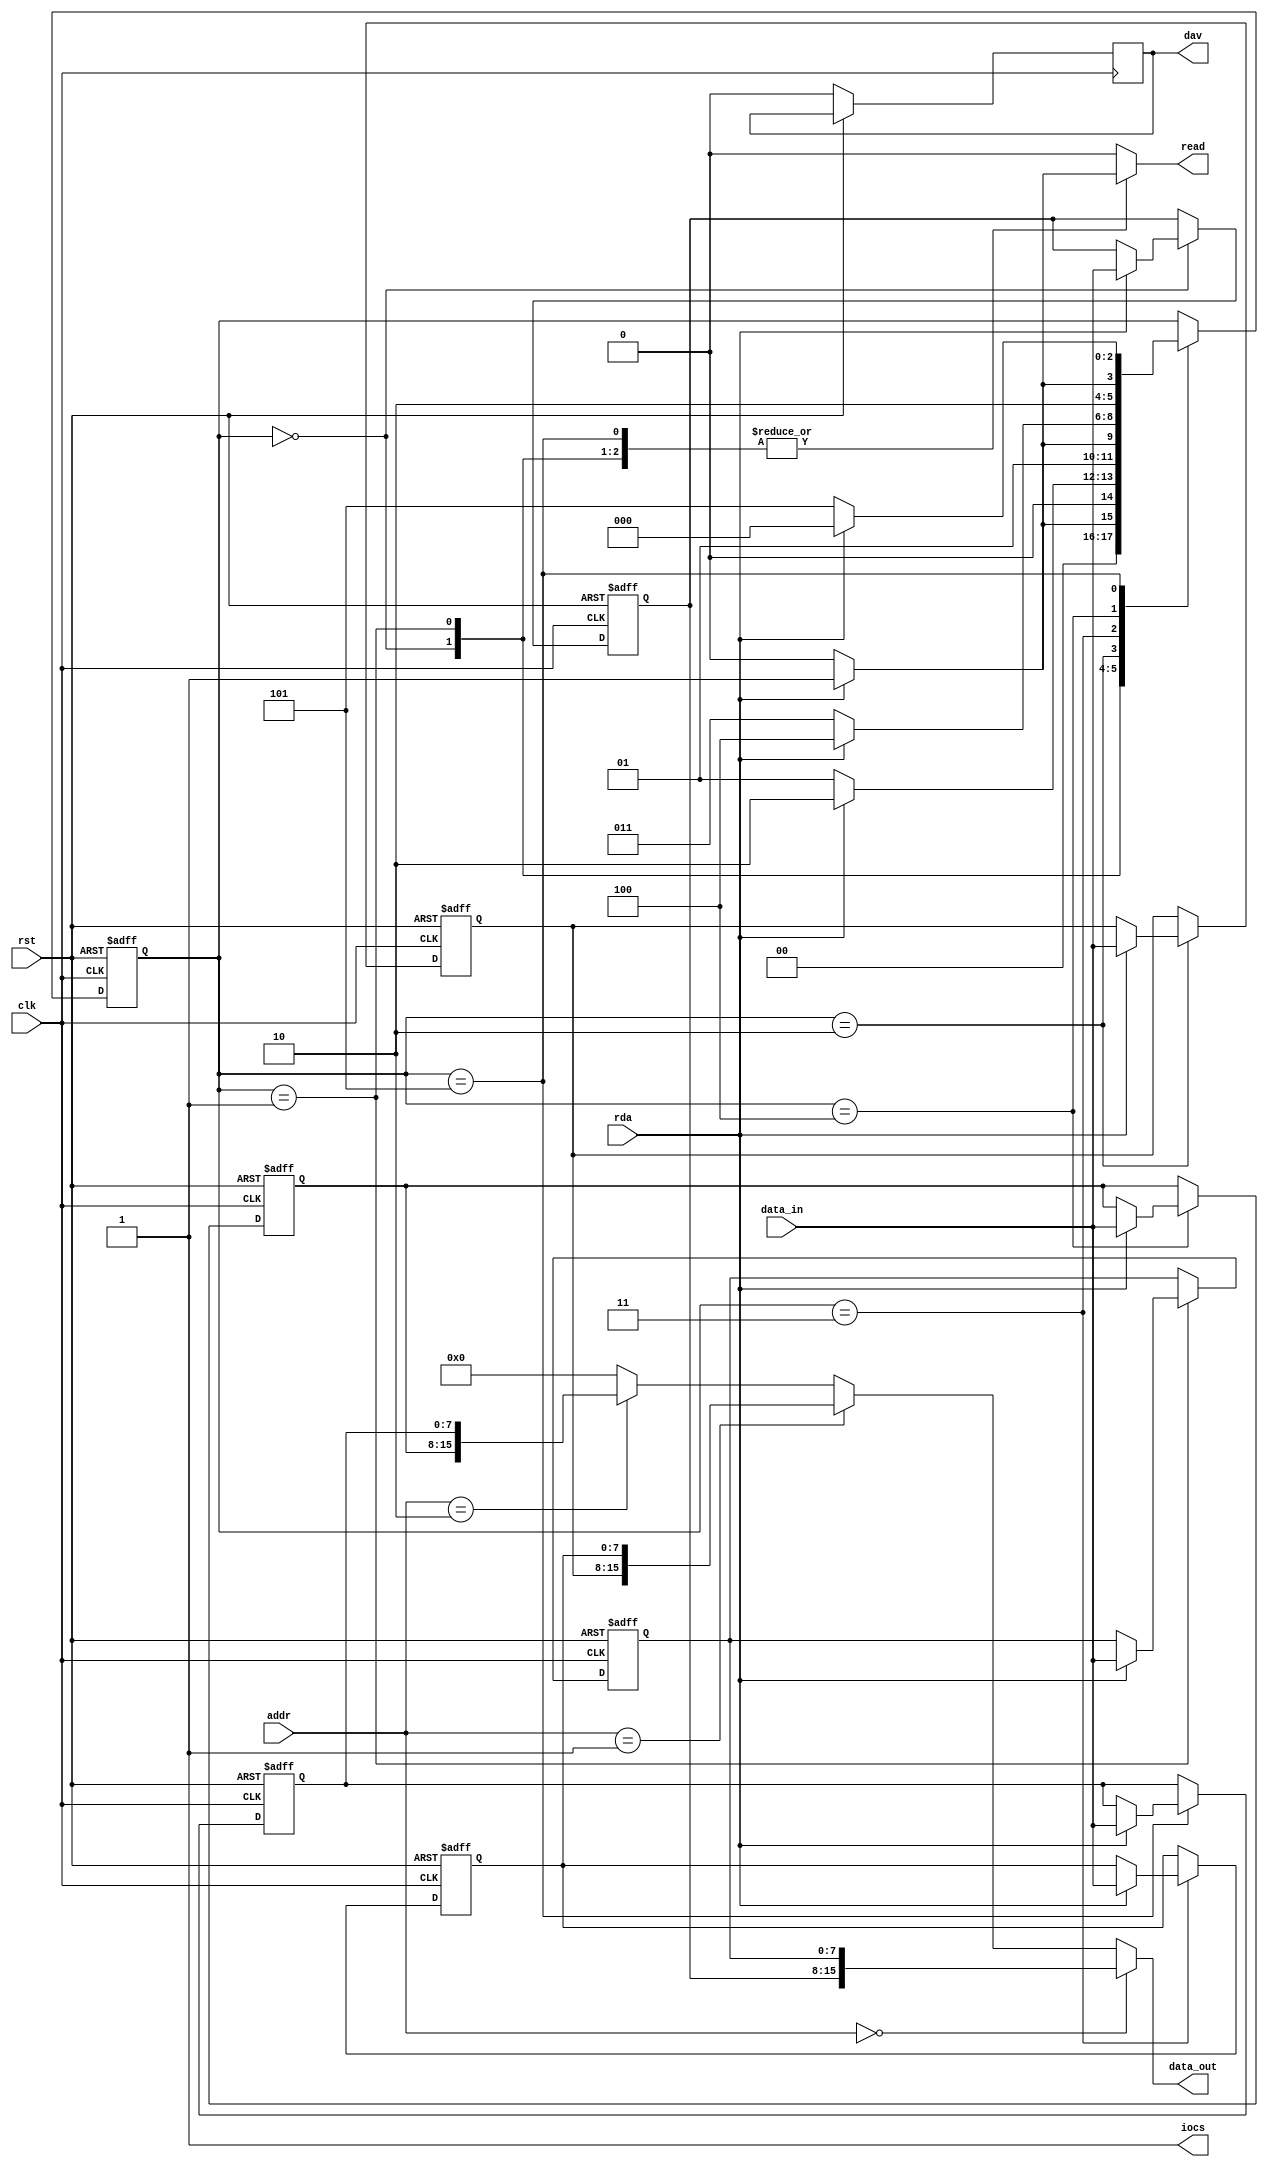
`timescale 1ns / 1ps
//////////////////////////////////////////////////////////////////////////////////
// Company: 	UW-Madison ECE 554
// 
// Design Name: 	 SPART
// Module Name:    driver 
// Project Name: 		Mini-Project 1 - SPART
// Target Devices: 	Xilinx Vertex II FPGA
// Tool versions: 
// Description: 		Implements a driver to control SPART operation
//
// Dependencies: 
//
// Revision: 		1.0
// Revision 0.01 - File Created
// Additional Comments: 
//
//////////////////////////////////////////////////////////////////////////////////
module temp_read_driver(
    input clk,						// 100 MHz clock
    input rst,						// Asynchronous reset, tied to dip switch 0
    output reg iocs,				// chip select
	 output reg read,
    input rda,						// received data available
	 input [7:0] data_in,
	 input [1:0] addr,
	 output [15:0] data_out,
	 output reg dav
    );
    
	 reg [7:0] first_status, second_status, next_first_status, next_second_status;
	 reg [7:0] first_x_loc, second_x_loc, next_first_x_loc, next_second_x_loc;
	 reg [7:0] first_y_loc, second_y_loc, next_first_y_loc, next_second_y_loc;
    reg [2:0] state, next_state;			// state and next state
	 reg next_dav;
    
	 // state variables
    localparam WAIT_STATUS_1 = 3'h0;
	 localparam WAIT_STATUS_2 = 3'h1;
	 localparam WAIT_X_1 = 3'h2;
	 localparam WAIT_X_2 = 3'h3;
	 localparam WAIT_Y_1 = 3'h4;
	 localparam WAIT_Y_2 = 3'h5;
	 
	 assign data_out = (addr == 2'b00) ? {first_status, second_status} : 
                (addr == 2'b01) ? {first_x_loc, second_x_loc} :
                (addr == 2'b10) ? {first_y_loc, second_y_loc} : 16'd0;
    
	 // sequential logic
    always@(posedge clk, posedge rst) begin
       if(rst) begin
           state <= WAIT_STATUS_1;	
			  first_status <= 8'd0;
			  second_status <= 8'd0;
			  first_x_loc <= 8'd0;
			  second_x_loc <= 8'd0;
			  first_y_loc <= 8'd0;
			  second_y_loc <= 8'd0;
       end 
       else begin
           state <= next_state;		
			  first_status <= next_first_status;
			  second_status <= next_second_status;
			  first_x_loc <= next_first_x_loc;
			  second_x_loc <= next_second_x_loc;
			  first_y_loc <= next_first_y_loc;
			  second_y_loc <= next_second_y_loc;
			  dav <= next_dav;
       end
    end
    
	 // next state and combinational logic
	 // determine next state and output signals
    always@(*) begin
	     iocs = 1'b1;
		  next_state = state;
		  next_first_status = first_status;
		  next_second_status = second_status;
		  next_first_x_loc = first_x_loc;
		  next_second_x_loc = second_x_loc;
		  next_first_y_loc = first_y_loc;
		  next_second_y_loc = second_y_loc;
		  read = 1'b0;
		  next_dav = 1'b0;
        case(state)
           WAIT_STATUS_1: begin
              iocs = 1'b1;
              if(rda) begin
                 read = 1'b1;
					  next_first_status = data_in;
					  next_state = WAIT_STATUS_2;
              end 
              else begin
                 next_state = WAIT_STATUS_1; 
              end
           end
           WAIT_STATUS_2: begin
              iocs = 1'b1;
              if(rda) begin
                 read = 1'b1;
					  next_second_status = data_in;
					  next_state = WAIT_X_1;
              end 
              else begin
                 next_state = WAIT_STATUS_2; 
              end
           end
           WAIT_X_1: begin
              iocs = 1'b1;
              if(rda) begin
                 read = 1'b1;
					  next_first_x_loc = data_in;
					  next_state = WAIT_X_2;
              end 
              else begin
                 next_state = WAIT_X_1; 
              end
           end
           WAIT_X_2: begin
              iocs = 1'b1;
              if(rda) begin
                 read = 1'b1;
					  next_second_x_loc = data_in;
					  next_state = WAIT_Y_1;
              end 
              else begin
                 next_state = WAIT_X_2; 
              end
           end
           WAIT_Y_1: begin
              iocs = 1'b1;
              if(rda) begin
                 read = 1'b1;
					  next_first_y_loc = data_in;
					  next_state = WAIT_Y_2;
              end 
              else begin
                 next_state = WAIT_Y_1; 
              end
           end
           WAIT_Y_2: begin
              iocs = 1'b1;
              if(rda) begin
                 read = 1'b1;
					  next_second_y_loc = data_in;
					  next_state = WAIT_STATUS_1;
              end 
              else begin
                 next_state = WAIT_Y_2; 
              end
           end
       endcase
    end
endmodule